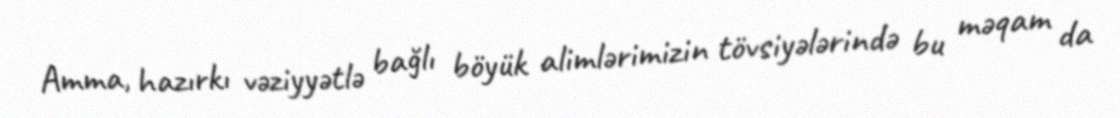
Amma, hazırkı vəziyyətlə bağlı böyük alimlərimizin tövsiyələrində bu məqam da